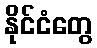
နိုင်ငံတွေ